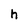
Character: h